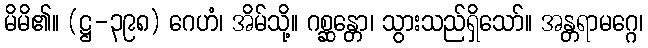
မိမိ၏။ (ဋ္ဌ-၃၉၈) ဂေဟံ၊ အိမ်သို့။ ဂစ္ဆန္တော၊ သွားသည်ရှိသော်။ အန္တရာမဂ္ဂေ၊